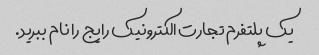
یک پلتفرم تجارت الکترونیک رایج را نام ببرید.